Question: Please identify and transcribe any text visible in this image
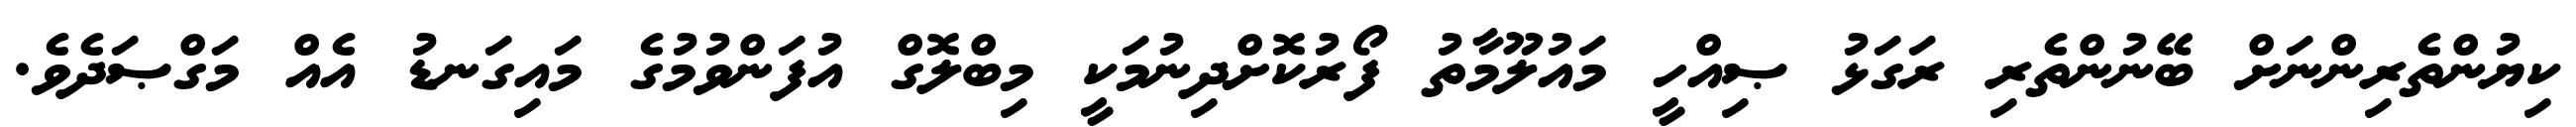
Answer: ކިޔުންތެރިންނަށް ބޭނުންތެރި ރަގަޅު ޞިއްހީ މައުލޫމާތު ފޯރުކޮށްދިނުމަކީ މިބްލޮގް އުފަންވުމުގެ މައިގަނޑު އެއް މަގްޞަދެވެ.